Bombay plague: being a history of the progress of plague in the Bombay presidency from September 1896 to June 1899
Year: 1896
Disease focus: Plague
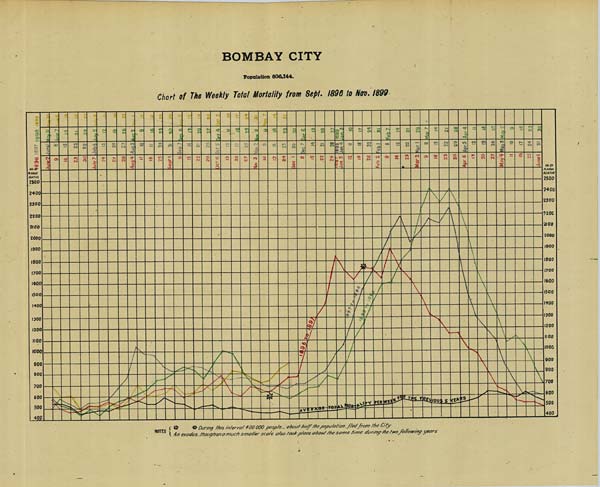
BOMBAY CITY
Population 806,144.
Chart of The Weekly Total Mortality from Sept. 1896 to Nov. 1899.
NOTES * * During this interval 400 000 people - about half the population, fled from the City
An exodus, though an a much smaller scale also took place about the same time during the two following years